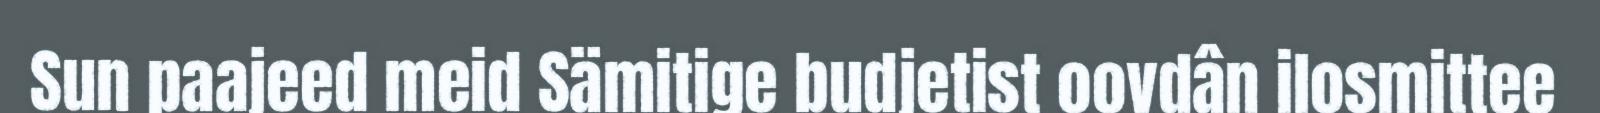
Sun paajeed meid Sämitige budjetist oovdân ilosmittee